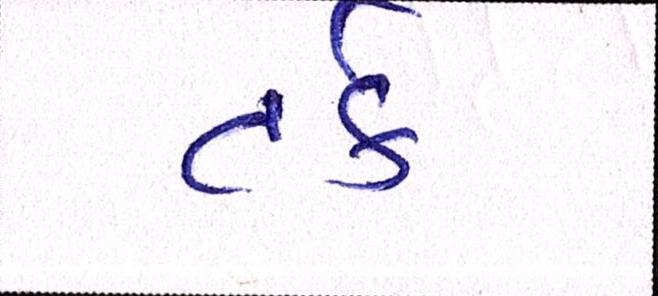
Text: તર્ક